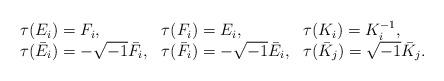
LaTeX: \begin{align*}\begin{array}{lll}\tau(E_i) = F_i, & \tau(F_i) = E_i, & \tau(K_i) = K_i^{-1}, \\\tau(\bar{E}_i) = -\sqrt{-1} \bar{F}_i, & \tau({\bar{F}_i}) = -\sqrt{-1} \bar{E}_i, & \tau({\bar{K}_j}) = \sqrt{-1} \bar{K}_j.\end{array}\end{align*}